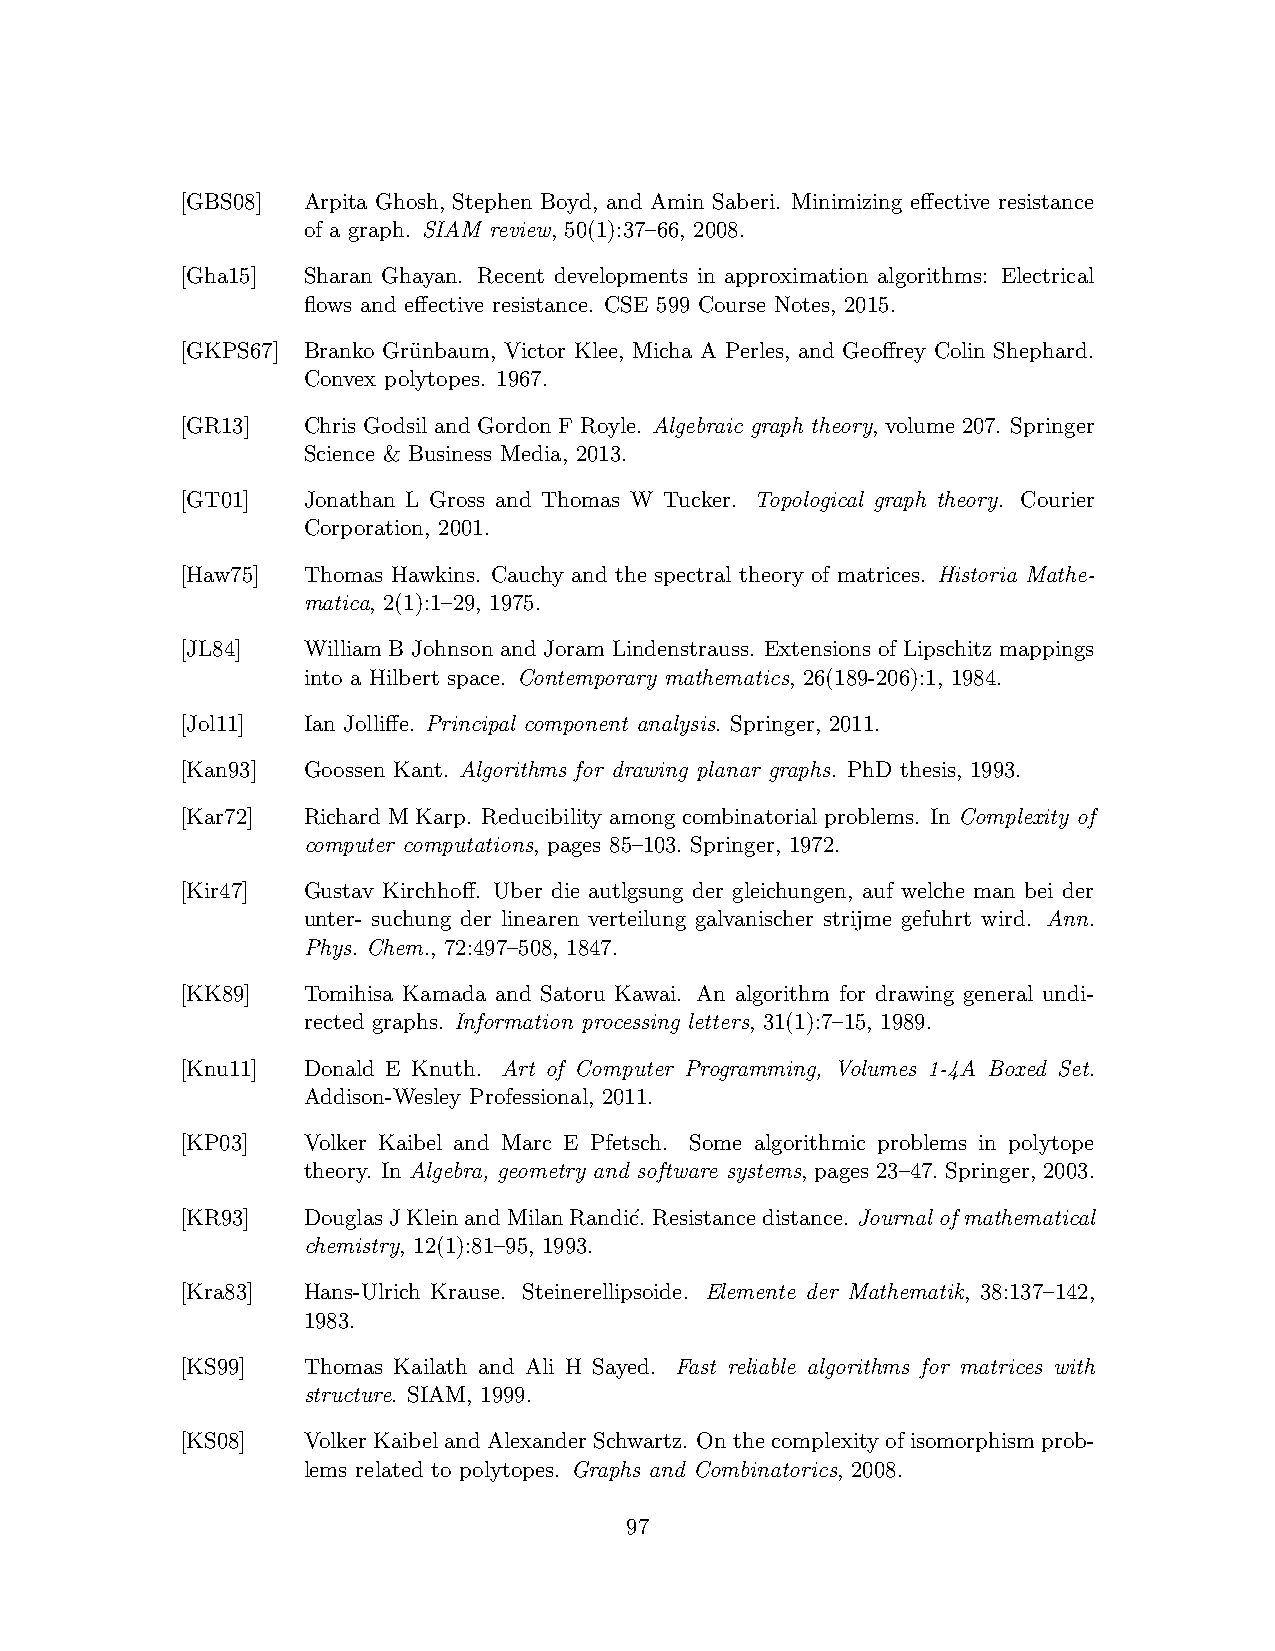
[GBS08] Arpita Ghosh, Stephen Boyd, and Amin Saberi. Minimizing effective resistance
 of a graph. SIAM review, 50(1):37–66, 2008.
 [Gha15] Sharan Ghayan. Recent developments in approximation algorithms: Electrical
 flows and effective resistance. CSE 599 Course Notes, 2015.
 [GKPS67] Branko Gru¨nbaum, Victor Klee, Micha A Perles, and Geoffrey Colin Shephard.
 Convex polytopes. 1967.
 [GR13]  Chris Godsil and Gordon F Royle. Algebraic graph theory, volume 207. Springer
 Science & Business Media, 2013.
 [GT01]  Jonathan L Gross and Thomas W Tucker. Topological graph theory. Courier
 Corporation, 2001.
 [Haw75] Thomas Hawkins. Cauchy and the spectral theory of matrices. Historia Mathe-
 matica, 2(1):1–29, 1975.
 [JL84]  William B Johnson and Joram Lindenstrauss. Extensions of Lipschitz mappings
 into a Hilbert space. Contemporary mathematics, 26(189-206):1, 1984.
 [Jol11] Ian Jolliffe. Principal component analysis. Springer, 2011.
 [Kan93] Goossen Kant. Algorithms for drawing planar graphs. PhD thesis, 1993.
 [Kar72] Richard M Karp. Reducibility among combinatorial problems. In Complexity of
 computer computations, pages 85–103. Springer, 1972.
 [Kir47] Gustav Kirchhoff. Uber die autlgsung der gleichungen, auf welche man bei der
 unter- suchung der linearen verteilung galvanischer strijme gefuhrt wird. Ann.
 Phys. Chem., 72:497–508, 1847.
 [KK89]  Tomihisa Kamada and Satoru Kawai. An algorithm for drawing general undi-
 rected graphs. Information processing letters, 31(1):7–15, 1989.
 [Knu11] Donald E Knuth. Art of Computer Programming, Volumes 1-4A Boxed Set.
 Addison-Wesley Professional, 2011.
 [KP03]  Volker Kaibel and Marc E Pfetsch. Some algorithmic problems in polytope
 theory. In Algebra, geometry and software systems, pages 23–47. Springer, 2003.
 [KR93]  DouglasJKleinandMilanRandi´c. Resistancedistance. Journal of mathematical
 chemistry, 12(1):81–95, 1993.
 [Kra83] Hans-Ulrich Krause. Steinerellipsoide. Elemente der Mathematik, 38:137–142,
 1983.
 [KS99]  Thomas Kailath and Ali H Sayed. Fast reliable algorithms for matrices with
 structure. SIAM, 1999.
 [KS08]  VolkerKaibelandAlexanderSchwartz. Onthecomplexityofisomorphismprob-
 lems related to polytopes. Graphs and Combinatorics, 2008.
 97